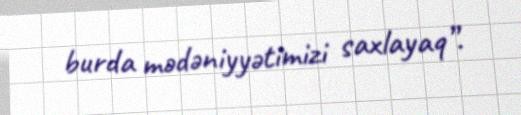
burda mədəniyyətimizi saxlayaq”.